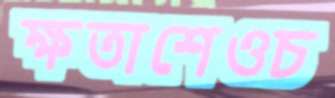
ক্ষতাশেওচ